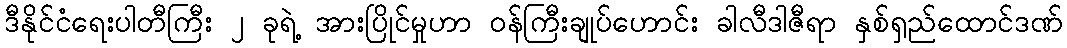
ဒီနိုင်ငံရေးပါတီကြီး ၂ ခုရဲ့ အားပြိုင်မှုဟာ ဝန်ကြီးချုပ်ဟောင်း ခါလီဒါဇီရာ နှစ်ရှည်ထောင်ဒဏ်